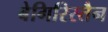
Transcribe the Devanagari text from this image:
बेगिरिस्तैन